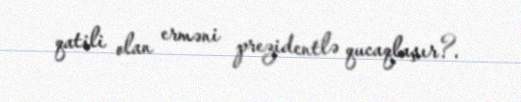
qatili olan erməni prezidentlə qucaqlaşır?.